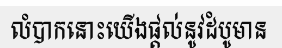
លំបាកនោះយើងផ្តល់នូវដំបូមាន